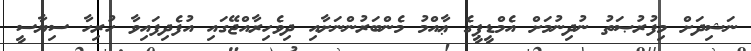
ނަޝިދަށް މިފުރުޞަތު ނުދިނުމަށް އެމްޑީޕީގެ ޢާއްމު މެންބަރުންނަށާއި ދިވެހިރާއްޖޭގައި އުފެދިފައިވާ ހުރިހާ ސިޔާސީ